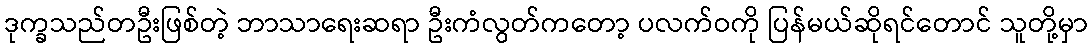
ဒုက္ခသည်တဦးဖြစ်တဲ့ ဘာသာရေးဆရာ ဦးကံလွတ်ကတော့ ပလက်ဝကို ပြန်မယ်ဆိုရင်တောင် သူတို့မှာ